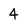
Character: 4